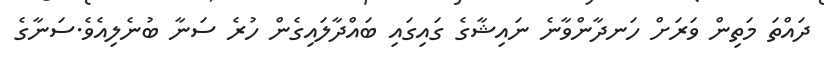
ދައްތަ މަތިން ވަރަށް ހަނދާންވާނެ ނައިޝާގެ ގައިގައި ބައްދާލައިގެން ހުރެ ސަނާ ބުނެލިއެވެ.ސަނާގެ